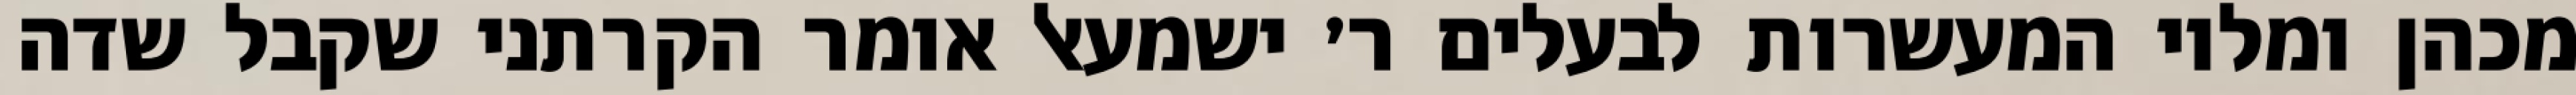
מכהן ומלוי המעשרות לבעלים ר׳ ישמעאל אומר הקרתני שקבל שדה